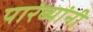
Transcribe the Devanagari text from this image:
पारंब्यांनी